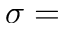
\sigma =